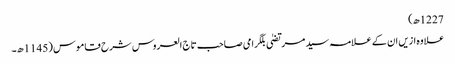
1227ھ)
علاوہ ازیں ان کے علامہ سید مرتضیٰ بلگرامی صاحب تاج العروس شرح قاموس (1145ھ۔